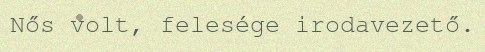
Nős volt, felesége irodavezető.